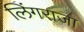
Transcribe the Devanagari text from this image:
लिंगराजा